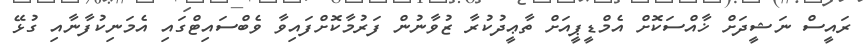
ރައީސް ނަޝީދަށް ޚާއްސަކޮށް އެމްޑީޕީއަށް ތާޢީދުކުރާ ޒުވާނުން ފަރުމާކޮށްފައިވާ ވެބްސައިޓްގައި އެމަނިކުފާނާއި ގުޅޭ